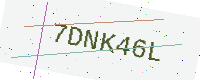
Text: 7DNK46L